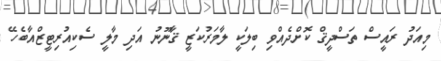
މިއަދު ރައީސް ތަސްދީޤް ކޮށްދެއްވި ބިލަކީ ލާމަރުކަޒީ ޤާނޫނު އަދި މާލީ ސެކިއުރިޓީޒްއާބެހޭ